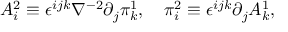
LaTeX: A _ { i } ^ { 2 } \equiv \epsilon ^ { i j k } \nabla ^ { - 2 } \partial _ { j } \pi _ { k } ^ { 1 } , \quad \pi _ { i } ^ { 2 } \equiv \epsilon ^ { i j k } \partial _ { j } A _ { k } ^ { 1 } ,